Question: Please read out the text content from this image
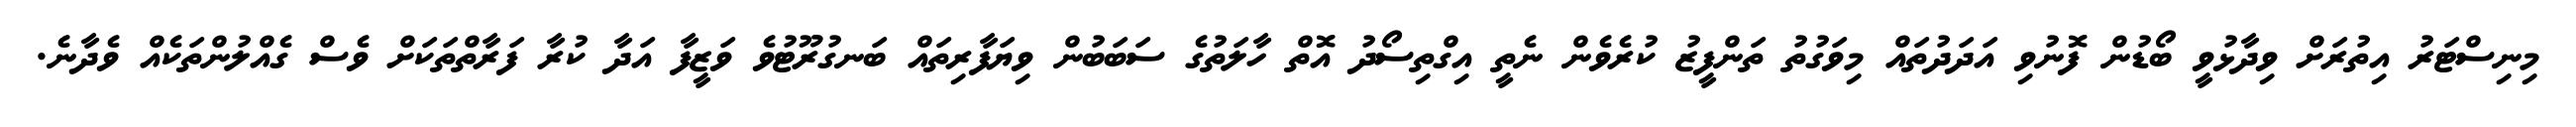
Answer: މިނިސްޓަރު އިތުރަށް ވިދާޅުވީ ބޯޑުން ފޮނުވި އަދަދުތައް މިވަގުތު ތަންފީޒު ކުރެވެން ނެތީ އިގްތިސޯދު އޮތް ހާލަތުގެ ސަބަބުން ވިޔަފާރިތައް ބަނގުރޫޓުވެ ވަޒީފާ އަދާ ކުރާ ފަރާތްތަކަށް ވެސް ގެއްލުންތަކެއް ވެދާނެ.